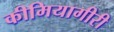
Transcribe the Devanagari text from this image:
कीमियागीरी